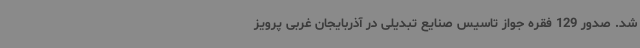
شد. صدور 129 فقره جواز تاسیس صنایع تبدیلی در آذربایجان غربی پرویز